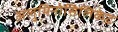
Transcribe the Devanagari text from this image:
अलुमिनोसिलिकेट